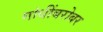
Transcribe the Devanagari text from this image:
गांधींबरोबर